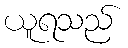
ယူရသည်